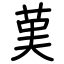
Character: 𦰩